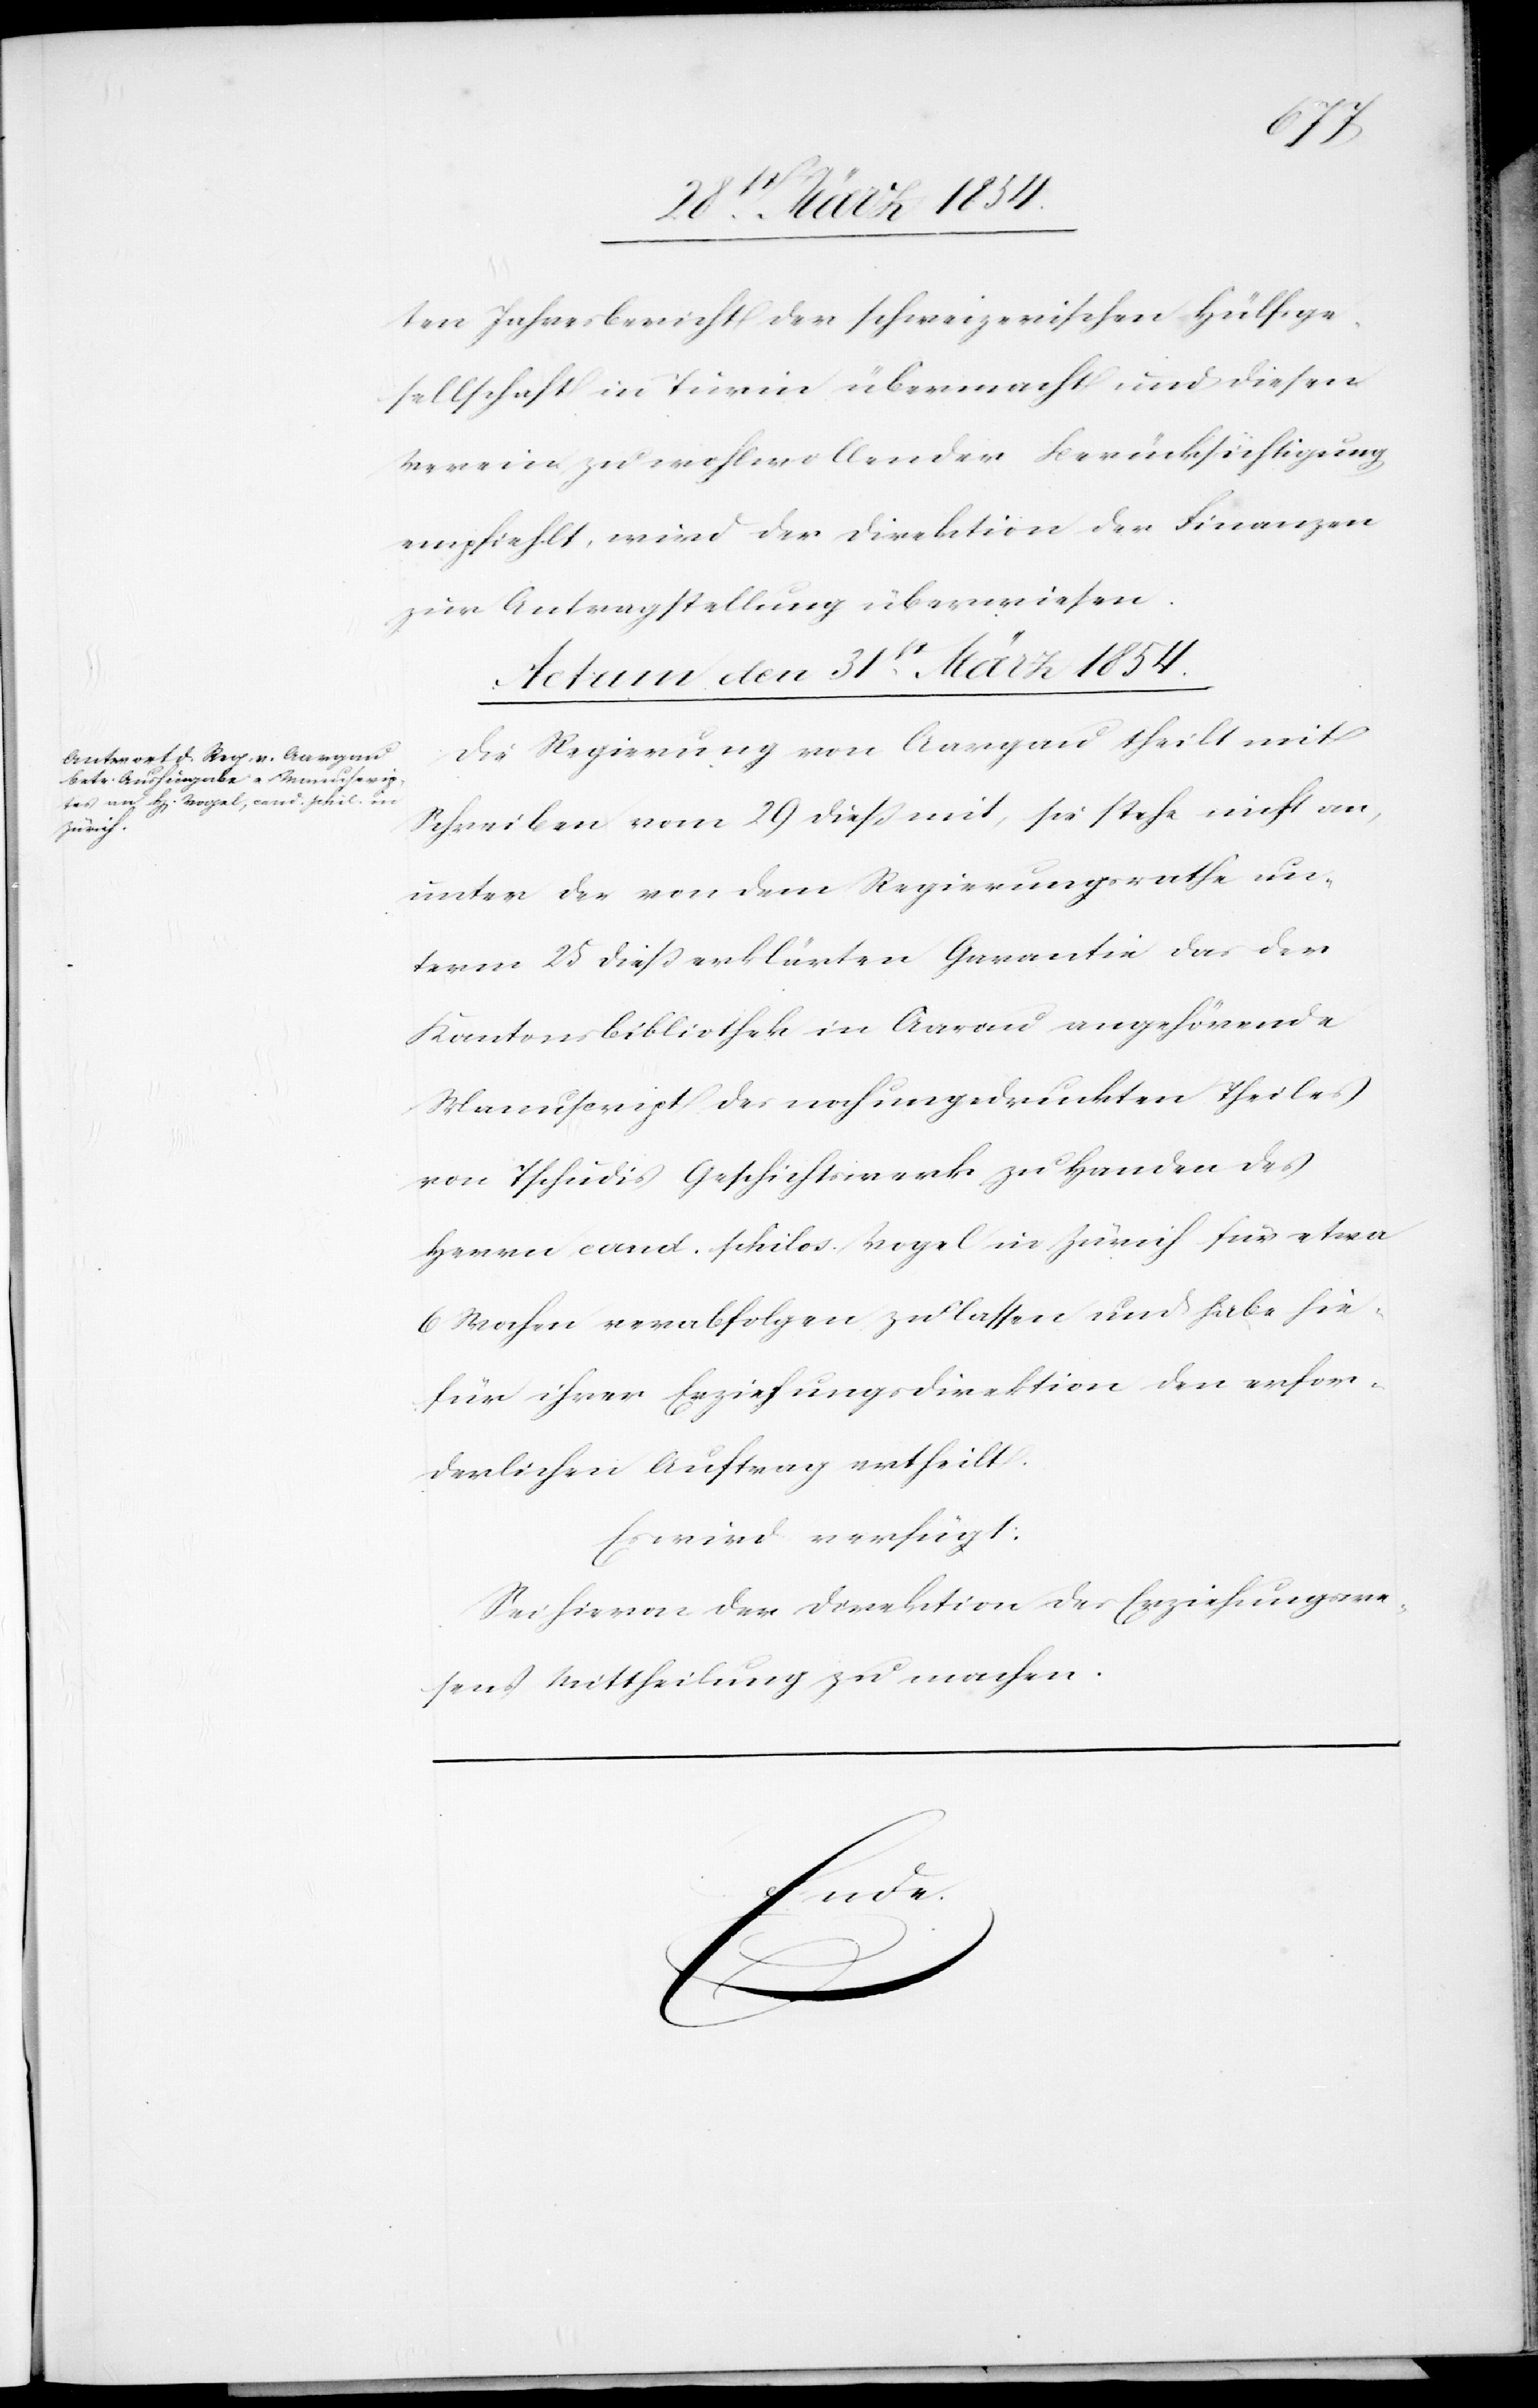
ten Jahresbericht der schweizerischen Hülfsge¬
sellschaft in Turin übermacht und diesen
Verein zu wohlwollender Berücksichtigung
empfiehlt, wird der Direktion der Finanzen
zur Antragstellung überwiesen.
Actum den 31st März 1854.
Die Regierung von Aargau theilt mit
Schreiben vom 29 dieß mit, sie stehe nicht an,
unter der von dem Regierungsrathe un¬
term 25 dieß erklärten Garantie das der
Kantonsbibliothek in Aarau angehörende
Manuscript des noch ungedruckten Theiles
von Tschudis Geschichtswerk zu Handen des
Herrn cand. philos. Vogel in Zürich für etwa
6 Wochen verabfolgen zu lassen und habe hie¬
für ihrer Erziehungsdirektion den erfor¬
derlichen Auftrag ertheilt.
Es wird verfügt:
Sei hievon der Direktion des Erziehungswe¬
sens Mittheilung zu machen.